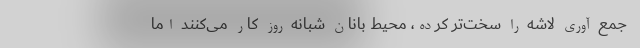
جمع آوری لاشه را سخت‌تر کرده، محیط بانان شبانه روز کار می‌کنند اما